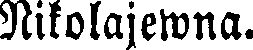
Nikolajewna.